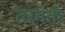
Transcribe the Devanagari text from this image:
तरमतो